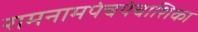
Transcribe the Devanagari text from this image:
रामनामपंचपंचाशिका